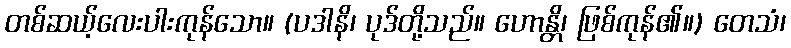
တစ်ဆယ့်လေးပါးကုန်သော။ (ပဒါနိ၊ ပုဒ်တို့သည်။ ဟောန္တိ၊ ဖြစ်ကုန်၏။) တေသံ၊